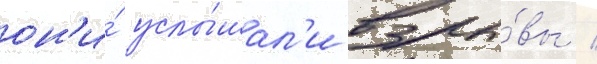
он'и́ услы́шал'и взры́вы /